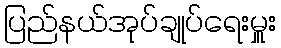
ပြည်နယ်အုပ်ချုပ်ရေးမှူး